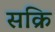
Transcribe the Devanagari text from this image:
सक्रि